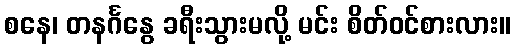
စနေ၊ တနင်္ဂနွေ ခရီးသွားမလို့ မင်း စိတ်ဝင်စားလား။